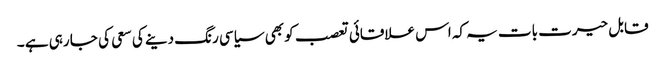
قابل حیرت بات یہ کہ اس علاقائی تعصب کو بھی سیاسی رنگ دینے کی سعی کی جا رہی ہے ۔